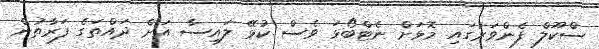
ސްކޫލް ފެންވަރުގައި މޮޅަށް ނެޓްބޯޅަ ވެސް ކުޅޭ ލައިސާ އަށް ދައްތަގެ ފަރާތުން